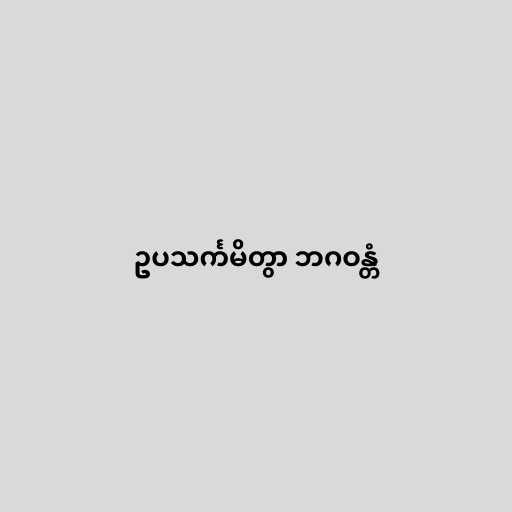
ဥပသင်္ကမိတွာ ဘဂဝန္တံ